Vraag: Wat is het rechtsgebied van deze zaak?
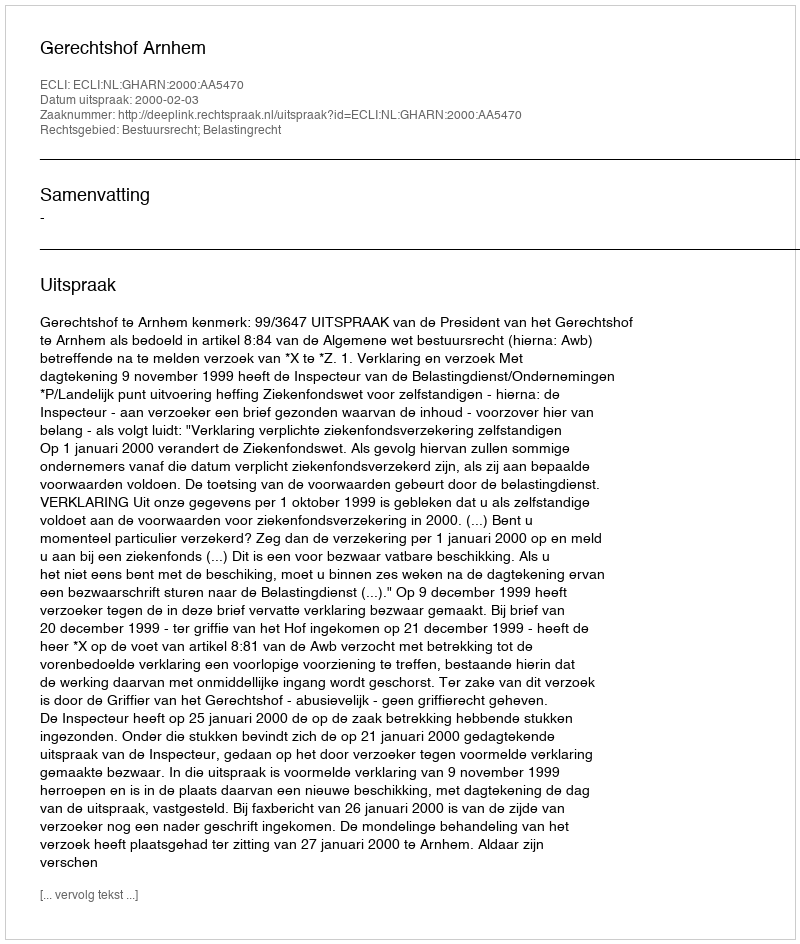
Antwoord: Bestuursrecht; Belastingrecht